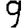
Digit: 9